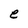
Character: e